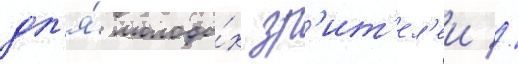
дл'я́ молоды́х зр'ит'ел'еи //